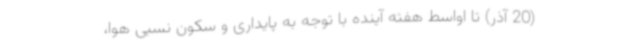
(20 آذر) تا اواسط هفته آینده با توجه به پایداری و سکون نسبی هوا،